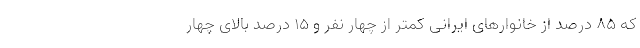
که ۸۵ درصد از خانوارهای ایرانی کمتر از چهار نفر و ۱۵ درصد بالای چهار